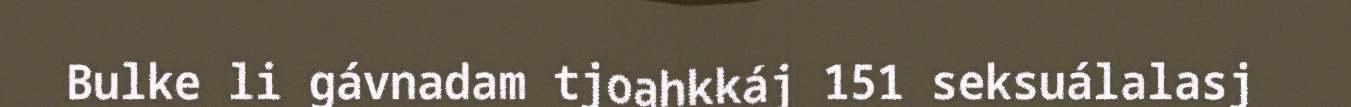
Bulke li gávnadam tjoahkkáj 151 seksuálalasj